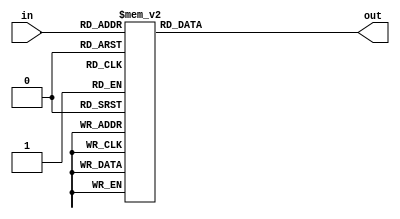
module decoder_3to8(input [2:0] in, output reg [7:0] out);

always @(*)
begin
    case(in)
        3'd0: out = 8'b00000001;
        3'd1: out = 8'b00000010;
        3'd2: out = 8'b00000100;
        3'd3: out = 8'b00001000;
        3'd4: out = 8'b00010000;
        3'd5: out = 8'b00100000;
        3'd6: out = 8'b01000000;
        3'd7: out = 8'b10000000;
        default: out = 8'b00000000;
    endcase
end

endmodule